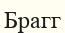
Брагг